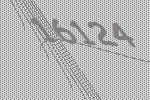
16124